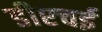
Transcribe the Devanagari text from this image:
डीएचई